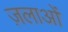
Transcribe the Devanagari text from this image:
ज़लाओं